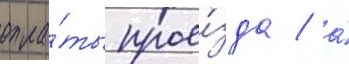
опла́ты прое́зда / а́